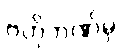
ဗဟိုဘဏ်မှ